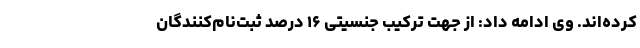
کرده‌اند. وی ادامه داد: از جهت ترکیب جنسیتی ۱۶ درصد ثبت‌نام‌کنندگان